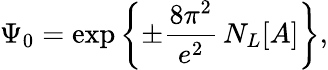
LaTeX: \Psi_{0}=\exp\left\{ \pm\frac{8\pi^{2}}{e^{2}}\, N_{L}[A]\right\} ,